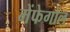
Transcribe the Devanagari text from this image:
मेंफेगोल